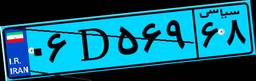
۰۷D۸۵۱۱۷